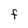
Character: F